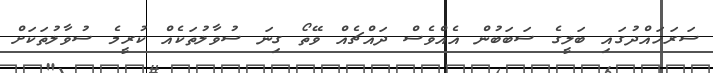
ސަރަހައްދުގައި ބަލީގެ ސަބަބުން އެއްވެސް ދައްޗެއް ވޭތޯ ގިނަ ސުވާލުތަކެއް ކުރީމެ ސުވާލުތަކަށް